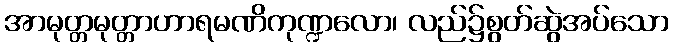
အာမုတ္တမုတ္တာဟာရမဏိကုဏ္ဍလော၊ လည်၌စွတ်ဆွဲအပ်သော